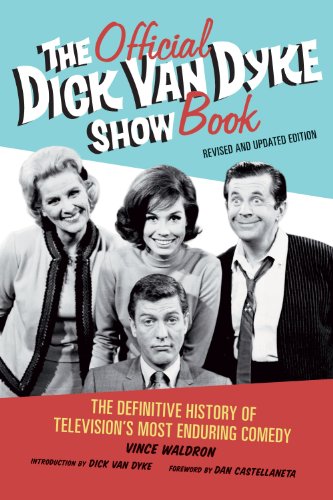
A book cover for The Official Dick Van Dyke Show Book: The Definitive History of Television's Most Enduring Comedy; Vince Waldron; Humor & Entertainment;